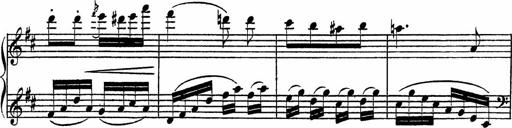
Title: Piano Sonatinas
Composer: Charles Fradel